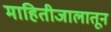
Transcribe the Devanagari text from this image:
माहितीजालातून